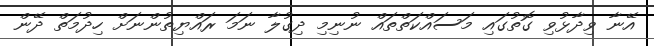
އޭނާ ވިދާޅުވި ގޮތުގައި މަސައްކަތްތައް ނުނިމި ދިގުލާ ނަމަ ރައްޔިތުންނަށް ހިދުމަތް ދޭން